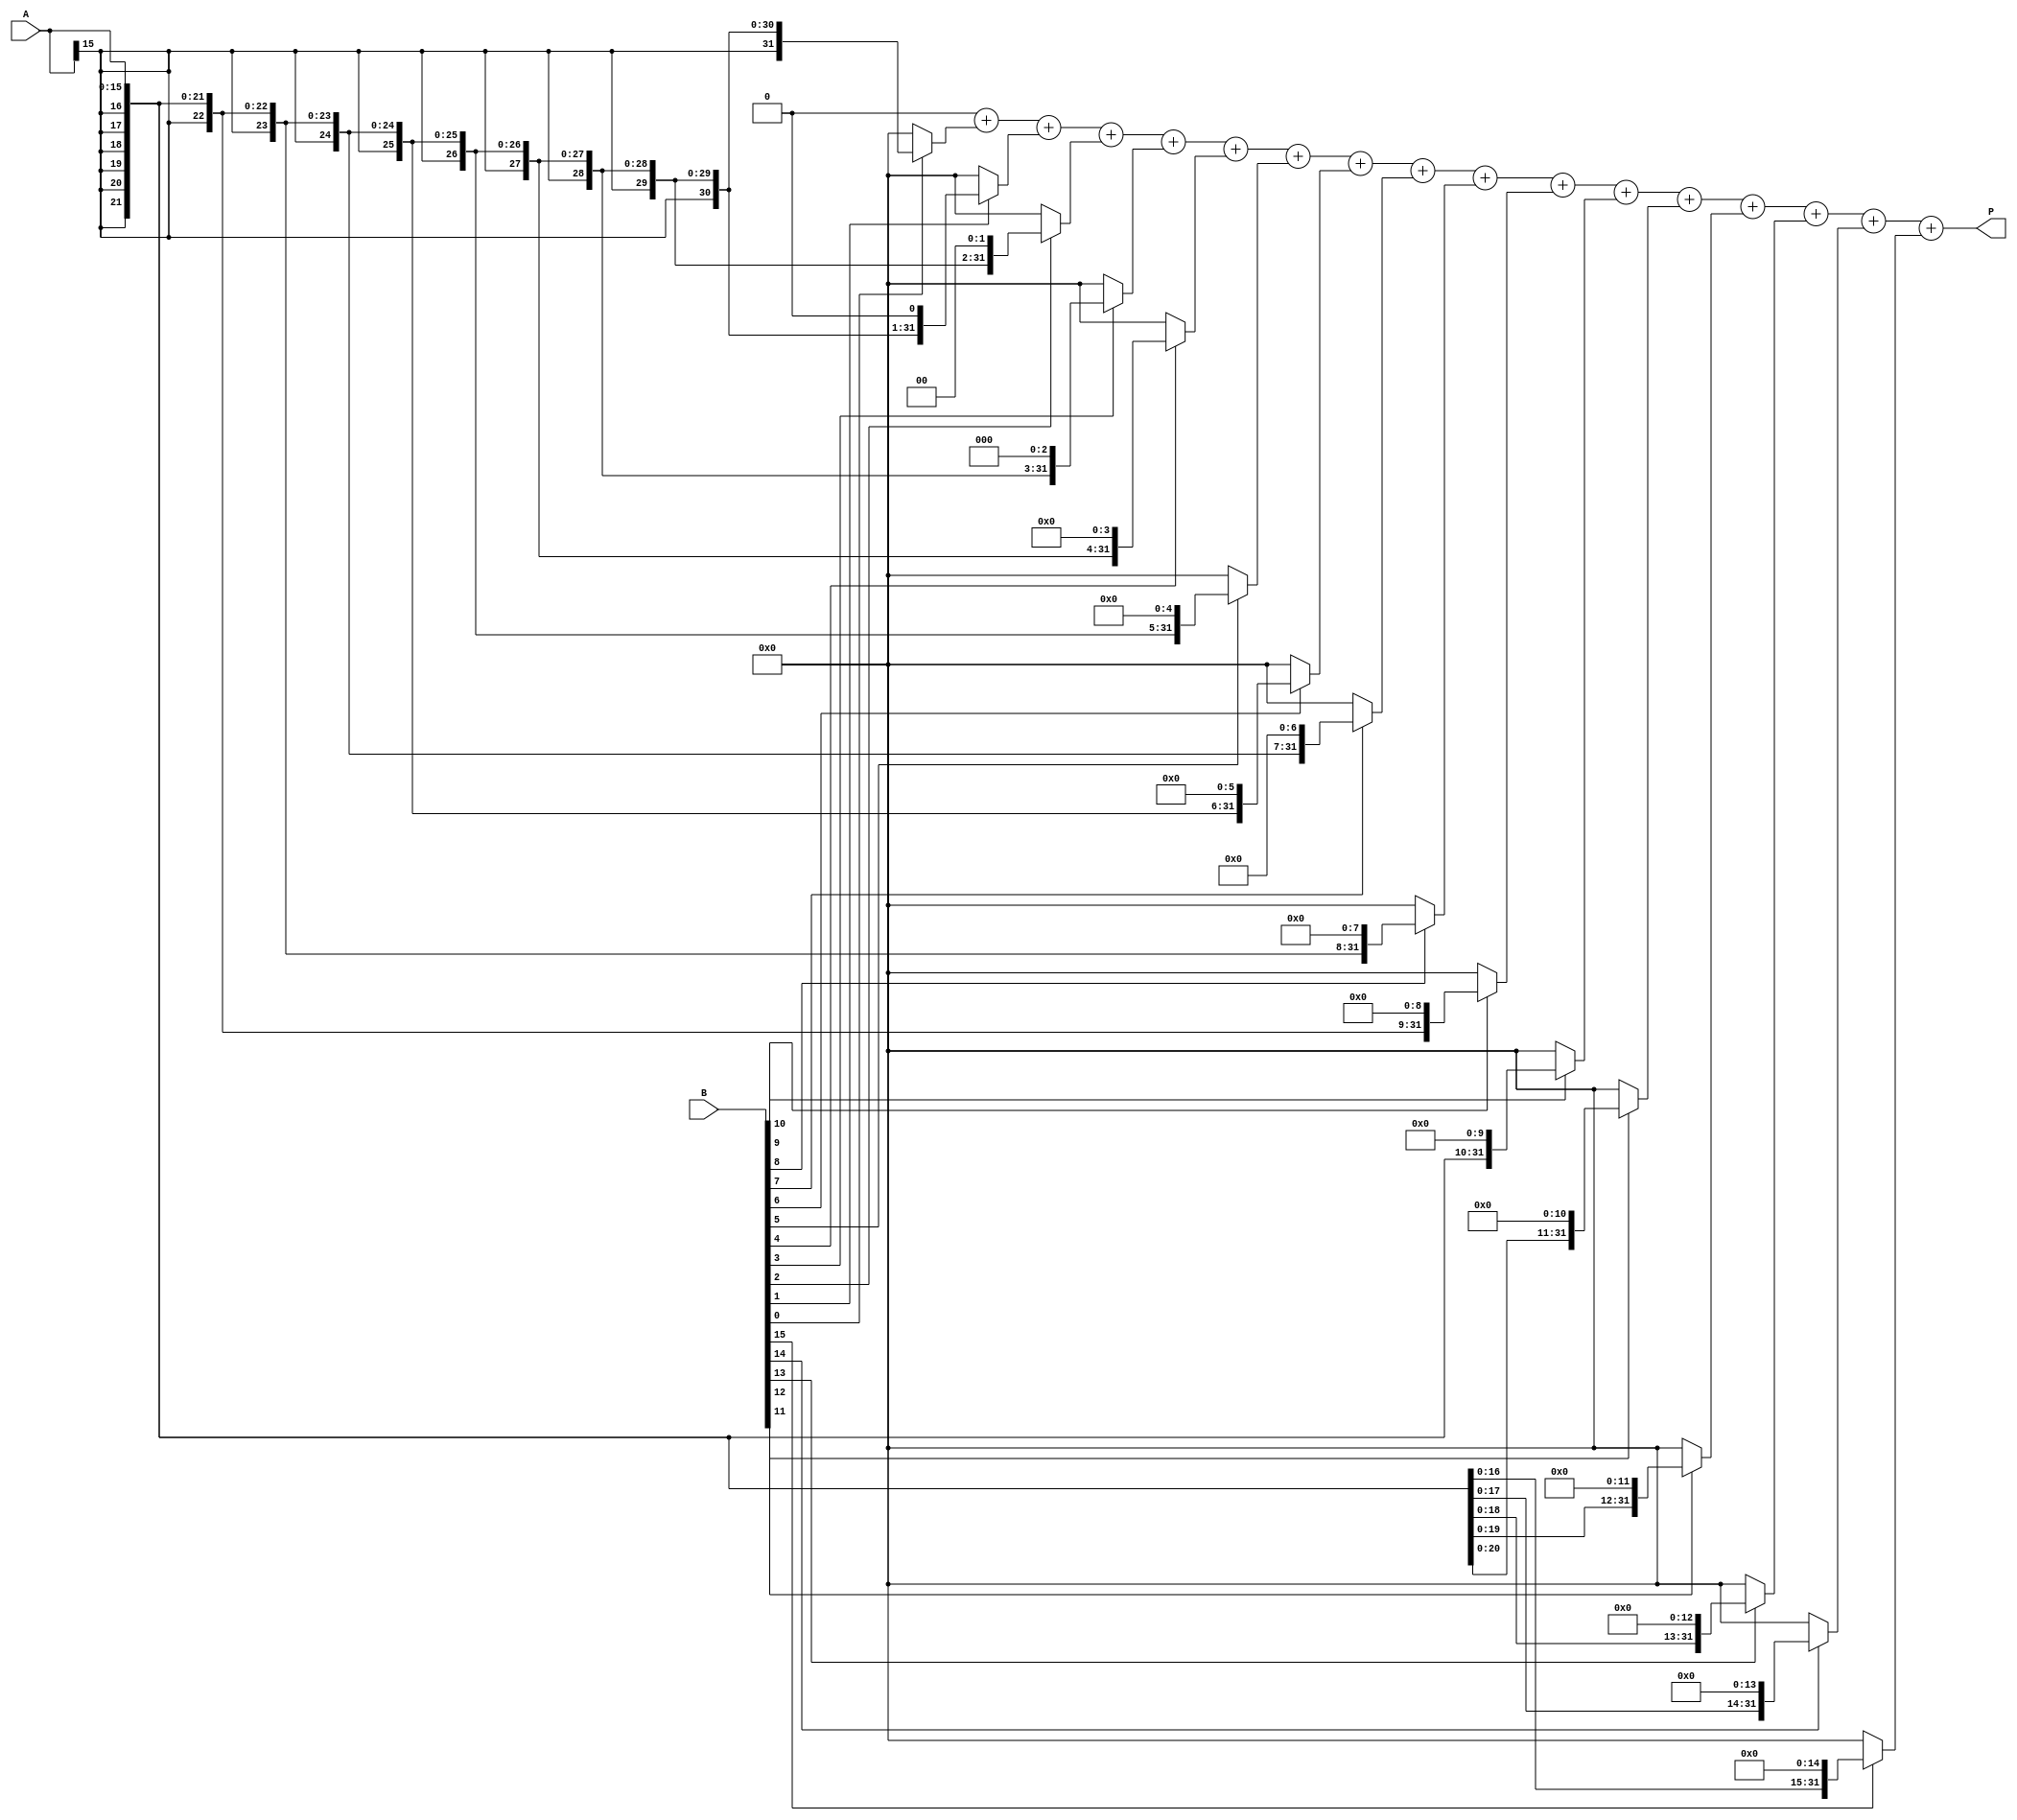
module csd_multiplier (
    input signed [15:0] A,  // CSD representation of the first operand
    input signed [15:0] B,  // CSD representation of the second operand
    output reg signed [31:0] P  // Product of A and B
);

    // Temporary variables for partial products
    wire signed [31:0] pp[0:15]; // Array to hold partial products
    integer i;

    always @(*) begin
        // Initialize the product to zero
        P = 0;

        // Generate partial products based on CSD digits in B
        for (i = 0; i < 16; i = i + 1) begin
            case (B[i])
                1: pp[i] = A << i;      // If CSD digit is 1, shift A left by index i
                -1: pp[i] = -A << i;    // If CSD digit is -1, shift -A left by index i
                default: pp[i] = 0;      // If CSD digit is 0, no partial product
            endcase
        end
        
        // Accumulate partial products to get the final product
        for (i = 0; i < 16; i = i + 1) begin
            P = P + pp[i];            // Simple addition of all partial products
        end
    end

endmodule